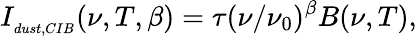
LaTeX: I_{{}_{dust,CIB}}(\nu,T,\beta)=\tau(\nu/\nu_{0})^{\beta}B(\nu,T),